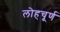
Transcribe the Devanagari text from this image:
लोहचूर्ण